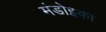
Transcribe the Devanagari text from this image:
मंडोइका